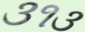
૩૧૩